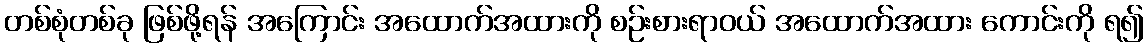
တစ်စုံတစ်ခု ဖြစ်ဖို့ရန် အကြောင်း အထောက်အထားကို စဉ်းစားရာဝယ် အထောက်အထား ကောင်းကို ရ၍